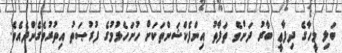
ބަލި މީހާގެ ދިފާޢީ ބާރު ދަށްވެ ތަފާތު އިންފެކްޝަންތަކަށް ހުށަހެޅުމުގެ ފުރުޞަތު އިތުރުވެގެންދެއެވެ.